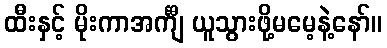
ထီးနှင့် မိုးကာအင်္ကျီ ယူသွားဖို့မမေ့နဲ့နော်။